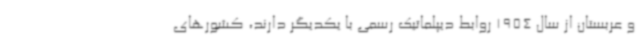
و عربستان از سال 1954 روابط دیپلماتیک رسمی با یکدیگر دارند، کشورهای